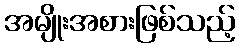
အမျိုးအစားဖြစ်သည့်